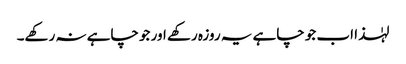
لہٰذا اب جو چاہے یہ روزہ رکھے اور جو چاہے نہ رکھے۔